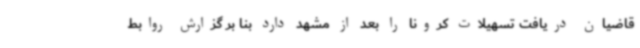
قاضیان دریافت تسهیلات کرونا را بعد از مشهد دارد بنا بر گزارش روابط